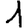
Digit: 1